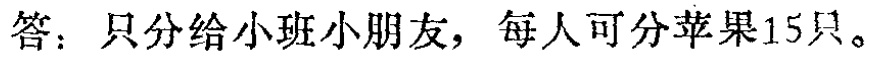
答：只分给小班小朋友，每人可分苹果15只。